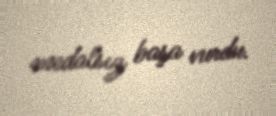
medalsız başa vurdu.